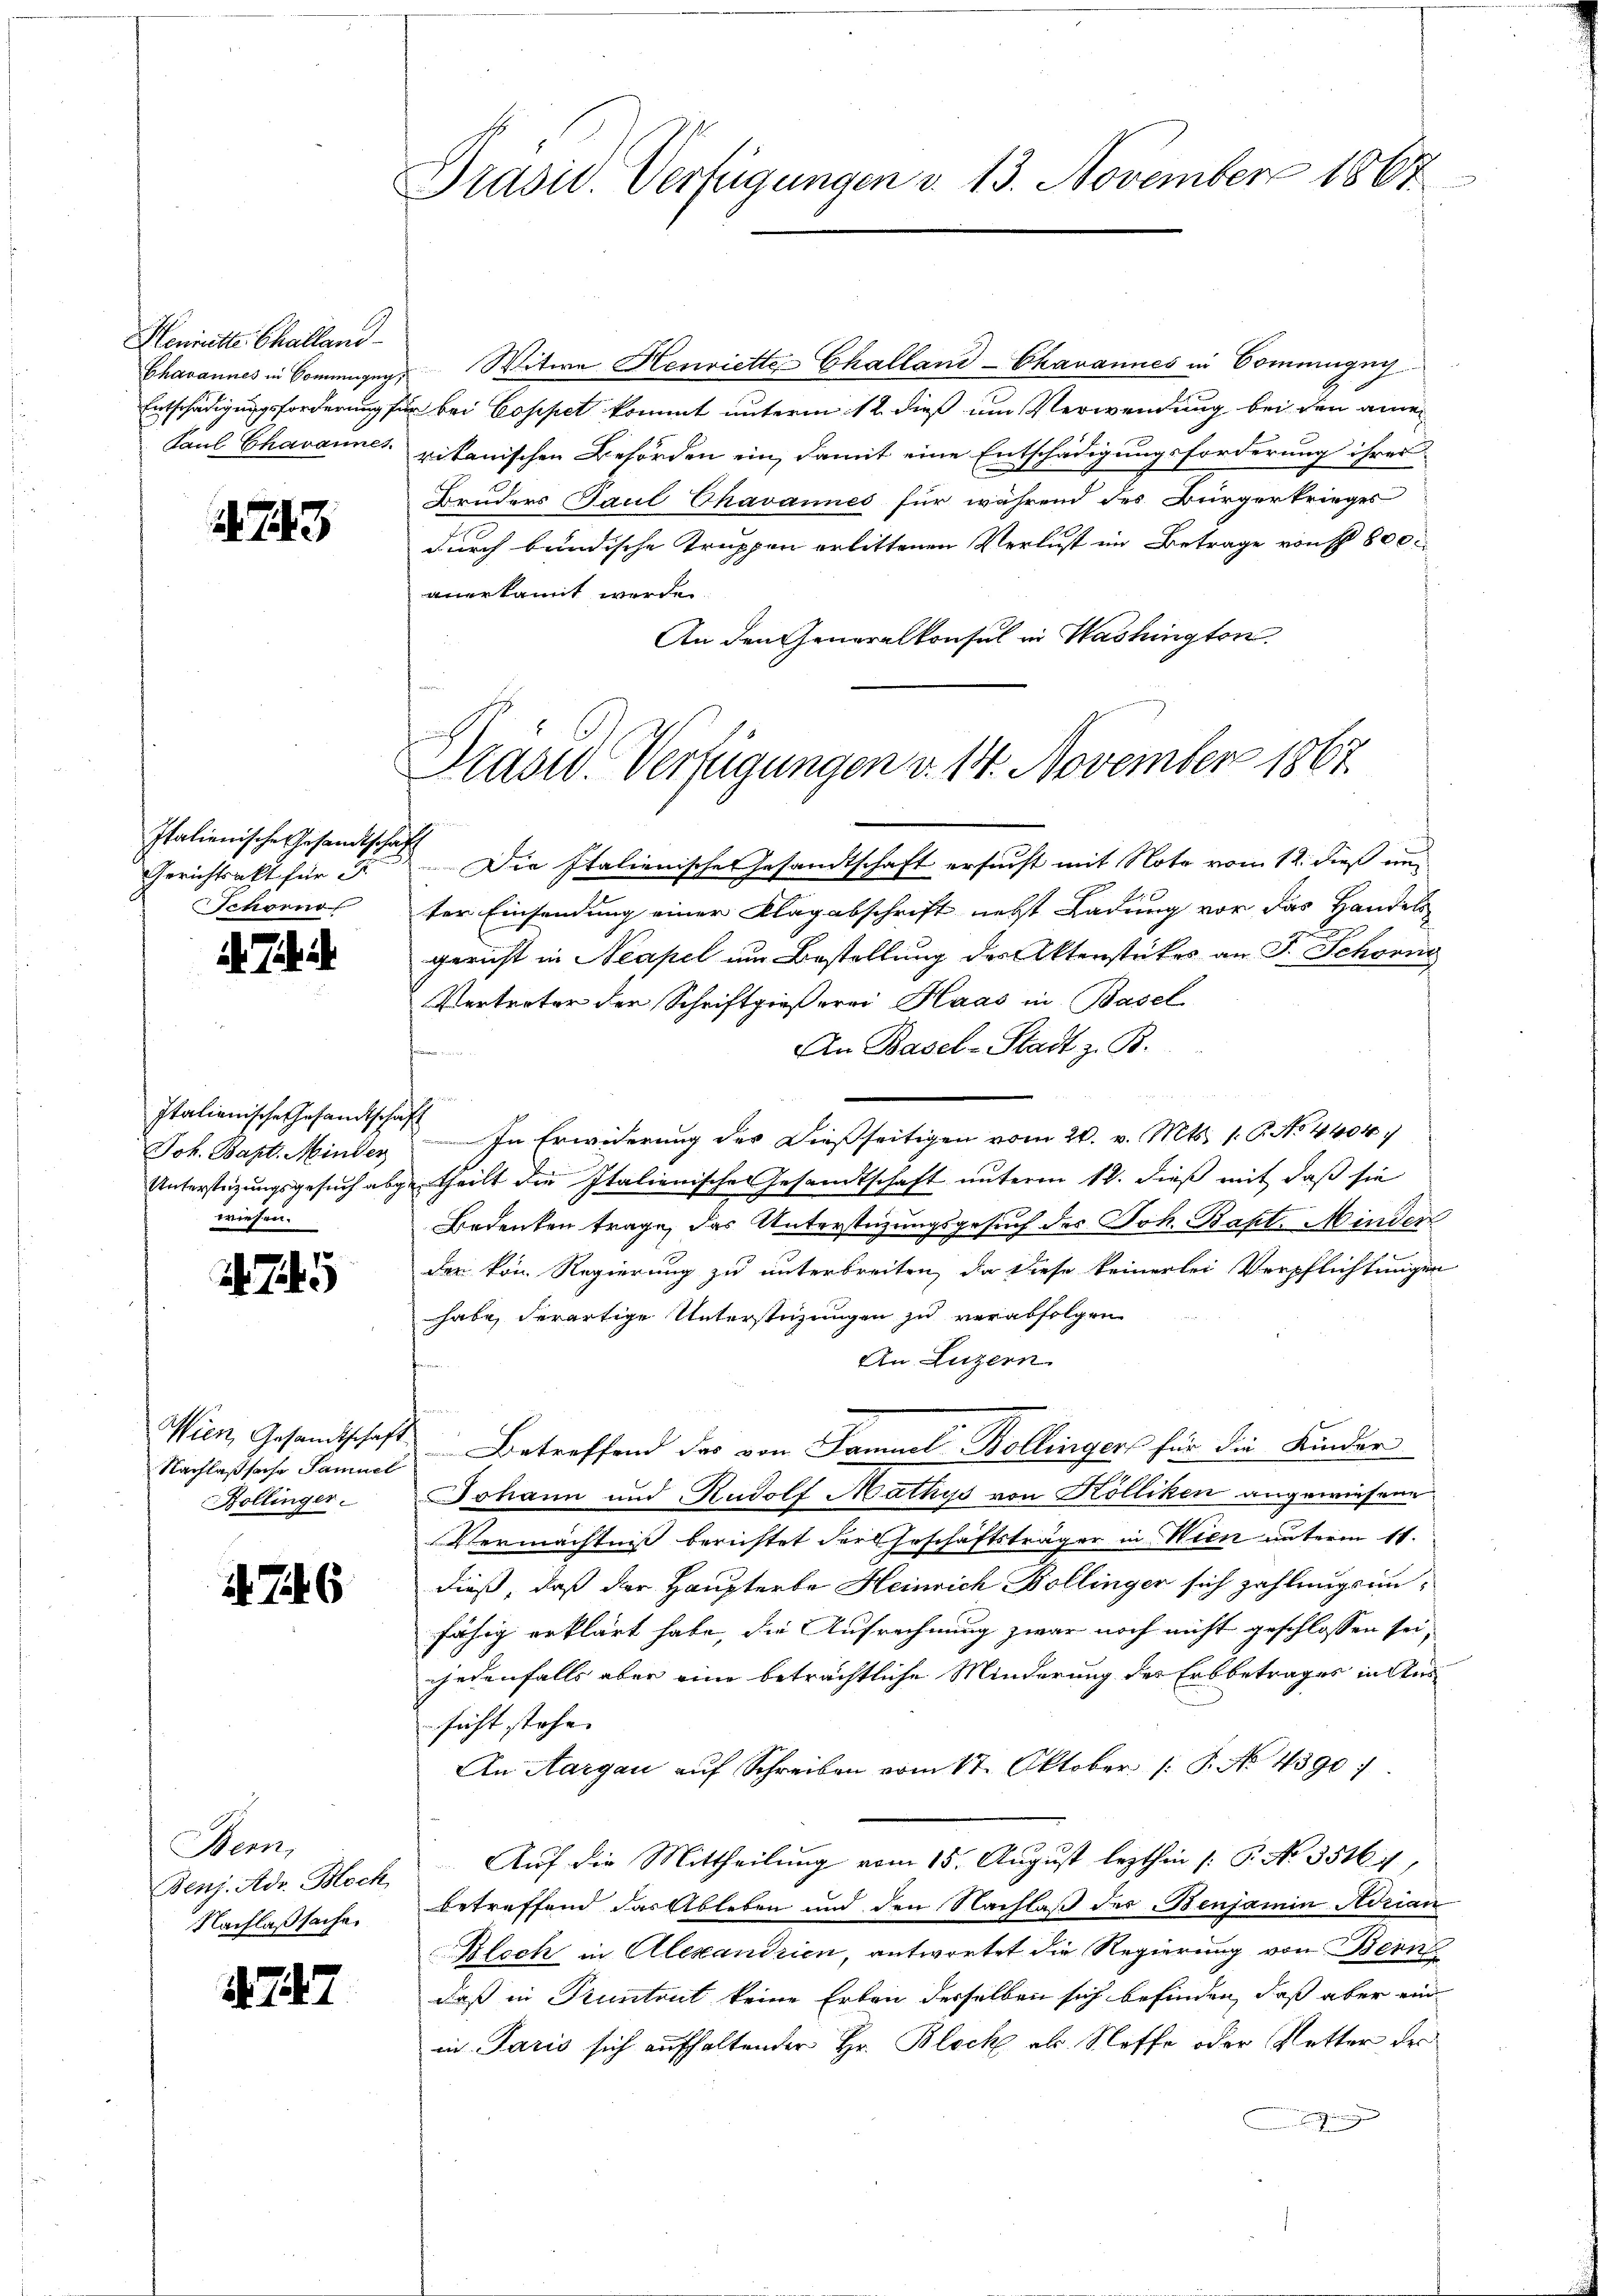
Henritte Challand

743

Italienische Gesandtschaft
Gerichtsakt für 2.
chorn

. J.

Italienische Gesandtschaft
Joh. Bapt. Minder
wiesen.

745

Nachlaßsache Samuel
Kollinger.

746

Bern,
Benj. Adr. Hoch
Nachlaßsache.

. 247

Präsid. Verfügungen d. 13. November 1867

Chavannes in Commagen, Witwe Henriette Challand-Chavannes in Commignys
Entschädigungsforderung für bei Coppet kommt unterm 12. dieß um Verwendung bei den ame¬
Paul Chavannes vitanischen Behörden ein, damit eine Entschädigungsforderung ihres
Bruders Paul Chavannes für während des Bürgerkrieges
durch bundische Truppen erlittenen Verlust im Betrage von 800.
anerkannt werden.
An den Generalkonsul in Washington.

Prast. Verfügungen v. 14. November 1867

Die Italienische Gesandtschaft ersucht mit Note vom 12. dieß un
ter Einsendung einer Klagabschrift nebst Ladung vor das Handels
gericht in Neapel um Bestellung des Aktenstükes an J. Schonne
Vertreter der Schriftgießerei Haas in Basel
An Basel-Stadt z. B.
e
In Erwiderung des Dießseitigen vom 20. v. Mts. 1. P. No 4404
Unterstüzungsgesuch abgetheilt die Italienische Gesandtschaft unterm 12. dieß mit daß sie
Bedeuten trage, das Unterstüzungsgesuch des Joh. Bapt. Minder
der von Regierung zu unterbreiten, da diese keinerlei Verpflichtungen
habe derartige Unterstüzungen zu verabfolgen
An Luzern.
s
Wien, Gesandtschaft Betreffend das von Samuel Bollinger für die Kinder
Johann und Rudolf Mathys von Kölliken angewiesene
Vermächtniß berichtet der Geschäftsträger in Wien unterm 11.
dieß, daß der Haupterbe Heinrich Bollinger sich zahlungsrinfähig erklärt habe, die Aufrechnung zwar noch nicht geschlossen sei,
jjedenfalls aber eine beträchtliche Minderung des Erbbetrages in Aus
sicht stehe. |
An Aargau auf Schreiben vom 17. Oktober (: P. No 4390:
Auf die Mittheilung vom 15. August lezthin (: P. No. 35167,
betreffend das Ableben und den Nachlaß des Benjamin Adrian
Blech in Alexandrien, antwortet die Regierung von Bern
daß in Pruntrut keine Erben derselben sich befinden, daß aber ein
in Paris sich aufhaltender Hr. Block als Stoffe oder Netter der
Ening